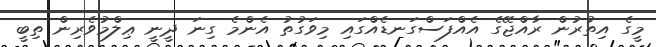
މީގެ އިތުރުން ރާއްޖޭގެ އެއްފަސްގަނޑެއްގައި މިވަގުތު އެންމެ ގިނަ ދީނީ ޢިލްމުވެރިން ތިބީ